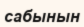
сабынын